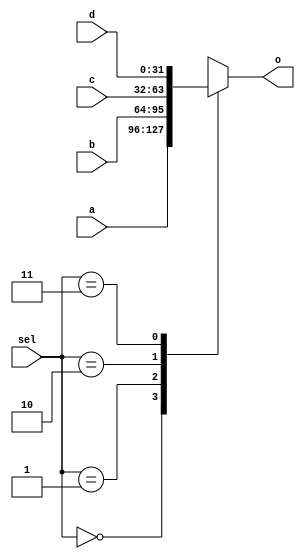
`timescale 1ns / 1ps

module mux4to1_32 (
	input [1:0] sel,
	input [31:0] a,
	input [31:0] b,
	input [31:0] c,
	input [31:0] d,
	output reg[31:0] o );
	
	always @* begin
		case(sel)
			'b00: o = a;
			'b01: o = b;
			'b10: o = c;
			'b11: o = d;
		endcase
	end

endmodule